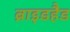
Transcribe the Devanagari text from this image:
ब्राइडहैड